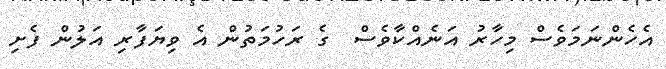
އެހެންނަމަވެސް މިހާރު އަނެއްކާވެސް  ގެ ރަހުމަތުން އެ ވިޔަފާރި އަލުން ފެށި